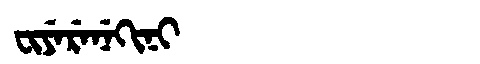
Manchu: ᠸᡳᠶᡝᡵᡝᠨᡝᡴᡳᠨᡳ
Romanization: FIYERENEKINI